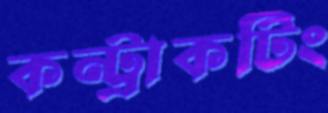
কন্ট্রাকটিং